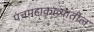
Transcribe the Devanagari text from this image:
पंचमहाकाव्यातील